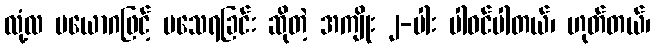
လုံ့လ ပယောဂဖြင့် မသေရခြင်း ဆိုတဲ့ အကျိုး ၂-ပါး ပါဝင်ပါတယ်၊ ဟုတ်တယ်၊